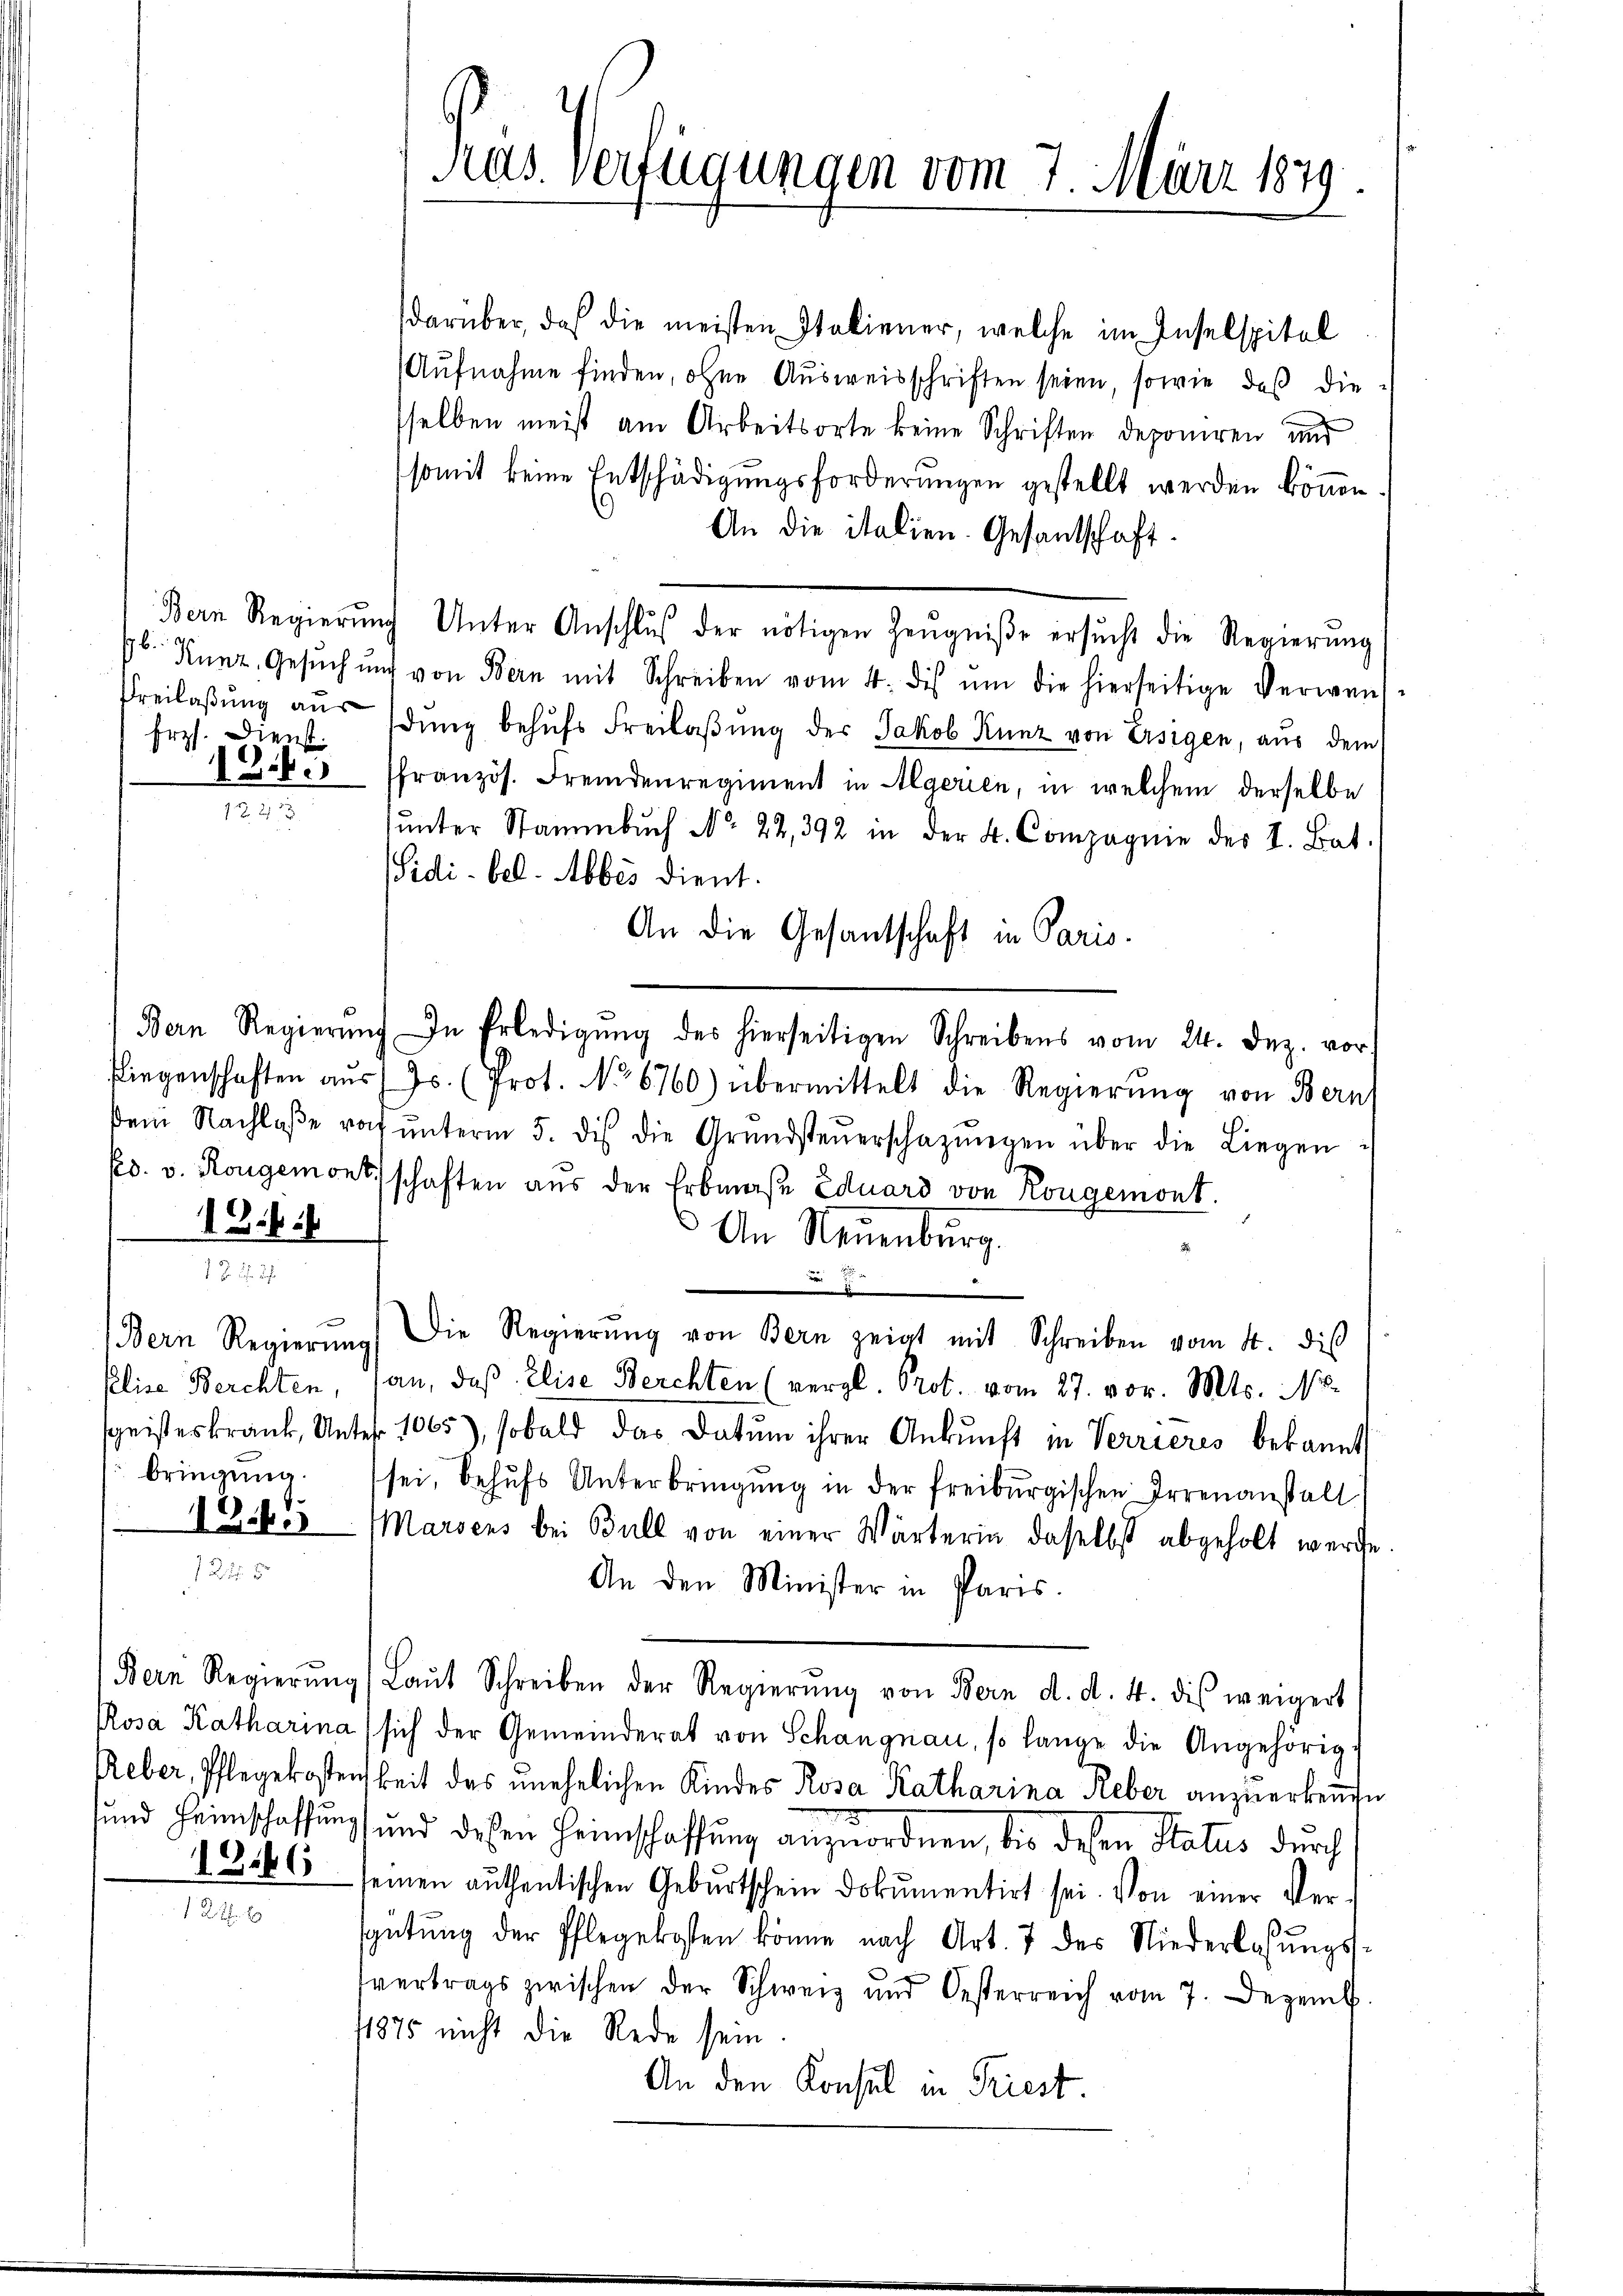
b.
Erzs. Dienst.

18.

Plise Berchten,
bringung.

12.

245

13186

12

Pras. Verfügungen vom 7. März 1879.

darüber, daß die meisten Statiener, welche im Inselspital
Aufnahme finden, ohne Ausweisschriften seien, sowie daß die
sselben meist am Arbeitsorte keine Schriften deponiren und
somit keine Entschädigungsforderungen gestellt werden können.
An die italien. Gesantschaft
Bern Regierŭng Unter Anschlŭβ der nötigen Zeŭgniβe ersŭcht die Regierung
Kunz, Gesŭch nur von Bern mit Schreiben vom 4. dis ŭm die hierseitige Verwand-
Freilaβŭng aŭs dŭng behŭfs Freilaβŭng der Jakob Kunz von Ersigen, aŭs dem
 es französ. Fremdenregiment in Algerien, in welchem derselbe
ŭnter Stammbŭch No. 22,392 in der 4. Compagnie des I. Bat.
Sidi-bel. Abbes dient.
An die Gesantschaft in Paris.
Bern Regierŭng. In Erledigŭng des hierseitigen Schreibens vom 24. Dez. vor
fliegenschaften aŭs Js. (prot. No 6760) übermittelt die Regierŭng von Bern
dem Nachlaβe vor ŭnterm 5. dis die Grŭndsteŭerschatzŭngen über die Liegen-
fes. v. Rongemontschaften aŭs der Erbmaβe Eduard von Kongemont.
An Neuenburg.
E
(Bern Regierŭng die Regierŭng von Bern zeigt mit Schreiben vom 4. dis
an, daß Elise Berchten (vergl. Prot. vom 27. vor. Mts. 118.
sgeisteskrank, Unter. 1065), sobald das Datum ihrer Ankunft in Verrieres bekannt
sei, behŭfs Unterbringŭng in der freiburgischen Irrenanstalt
Marsens bei Bull von einer Wärterin daselbst abgeholt werde.
An den Minister in Paris.
Bern Regierŭng Laŭt Schreiben der Regierŭng von Bern d. d. 4. dis weigert
Rosa Katharina) sich der Gemeinderat von Schangnau, so lange die Angehörig-
Reber, Pflegekostenskeit des unehelichen Kindes Rosa Katharina Reber anzuerkennte
sund Heimschaffungs und dessen Heimschaffung anzuordnen, bis desen Status durch
seinen authentischen Geburtschein Dokumentirt sei. Von einer Vergütŭng der Pflegekosten könne nach Art. 7 des Niederlassŭngs-
svertrags zwischen der Schweiz und Oesterreich vom 7. Dezemb.
1875 nicht die Rede sein
An den Konsul in Triest